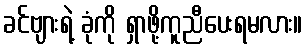
ခင်ဗျားရဲ့ ခုံကို ရှာဖို့ကူညီပေးရမလား။